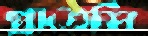
প্রাতেসি